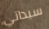
سيداتي